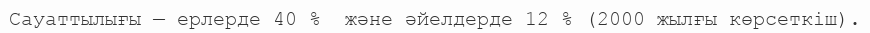
Сауаттылығы — ерлерде 40 %  және әйелдерде 12 % (2000 жылғы көрсеткіш).